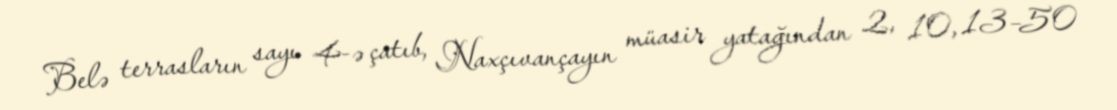
Belə terrasların sayı 4-ə çatıb, Naxçıvançayın müasir yatağından 2, 10, 13–50